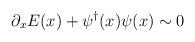
LaTeX: \begin{align*}\partial_x E(x)+\psi^{\dagger}(x)\psi(x)\sim 0\end{align*}